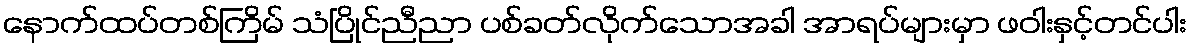
နောက်ထပ်တစ်ကြိမ် သံပြိုင်ညီညာ ပစ်ခတ်လိုက်သောအခါ အာရပ်များမှာ ဖဝါးနှင့်တင်ပါး